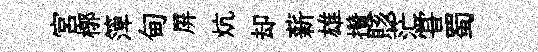
宫槨𥱼甸屏炕却薪雄攢賅茫甞蜀